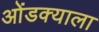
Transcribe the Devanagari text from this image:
ओंडक्याला